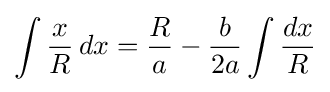
\int {\frac {x}{R}}\,dx={\frac {R}{a}}-{\frac {b}{2a}}\int {\frac {dx}{R}}